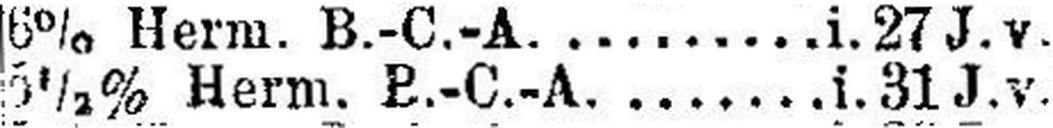
5½% Herm. B.-C.-A. ....... i. 31 J. v.